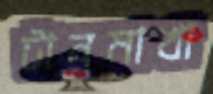
টানমাখা